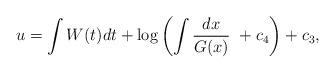
LaTeX: \begin{align*}u=\int W(t)dt+\log\left(\int \frac{dx}{G(x)}~+c_4\right)+c_3,\end{align*}